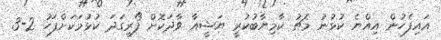
އައިފެހުން އިއްޔެ ކުޅުނު މެޗު ކާމިޔާބުކުރީ ޔަޝީއާ ވާދަކޮށް ފޯރިގަދަ ކުޅުމަކަށްފަހު 2-3